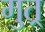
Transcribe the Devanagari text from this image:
मुत्र्